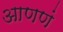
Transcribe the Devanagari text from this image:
आणणं